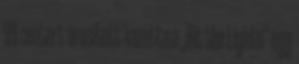
99 centért árusított kazetta a „Hit the Lights” egy